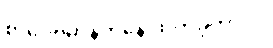
စာပေဗိမာန်ကနေ ထုတ်ခဲ့တာပါ။